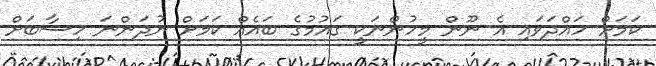
ކަމަށް ހައްދަވައި އެ ނޫން މީހުންނަކީ ގައުމުގެ ބައެއް ކަމަށް ނުދަންނަ ހިސާބަށް